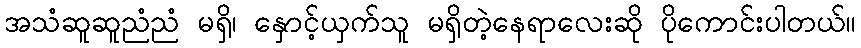
အသံဆူဆူညံညံ မရှိ၊ နှောင့်ယှက်သူ မရှိတဲ့နေရာလေးဆို ပိုကောင်းပါတယ်။